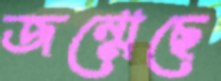
জন্মেছে